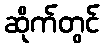
ဆိုက်တွင်